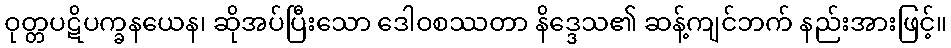
ဝုတ္တပဋိပက္ခနယေန၊ ဆိုအပ်ပြီးသော ဒေါဝစဿတာ နိဒ္ဒေသ၏ ဆန့်ကျင်ဘက် နည်းအားဖြင့်။